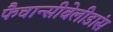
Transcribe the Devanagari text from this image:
फैचान्सीबेलीडांस